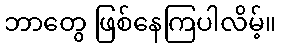
ဘာတွေ ဖြစ်နေကြပါလိမ့်။